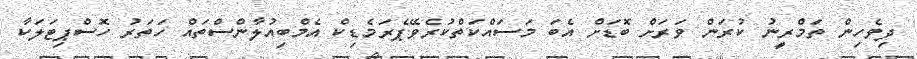
ދިވެހިން ތަމްރީނު ކުރަން ވަރަށް ބޮޑަށް އެބަ މަސައްކަތްކުރެވޭޕެރަމެޑިކް އެމްބިއުލާންސްތައް ހަތަރު ހޮސްޕިޓަލަކާ